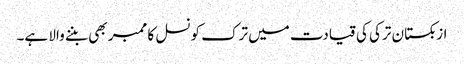
ازبکستان ترکی کی قیادت میں ترک کونسل کا ممبر بھی بننے والا ہے۔